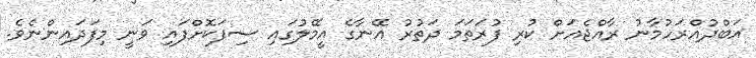
އަބްދުއްރަހުމާނު ރާއްޖެއަށް ކުރި ފުރަތަމަ ދަތުރު އޭނާގެ އީމޭލުގައި ސިފަކޮށްފައި ވަނީ މިފަދައިންނެވެ.